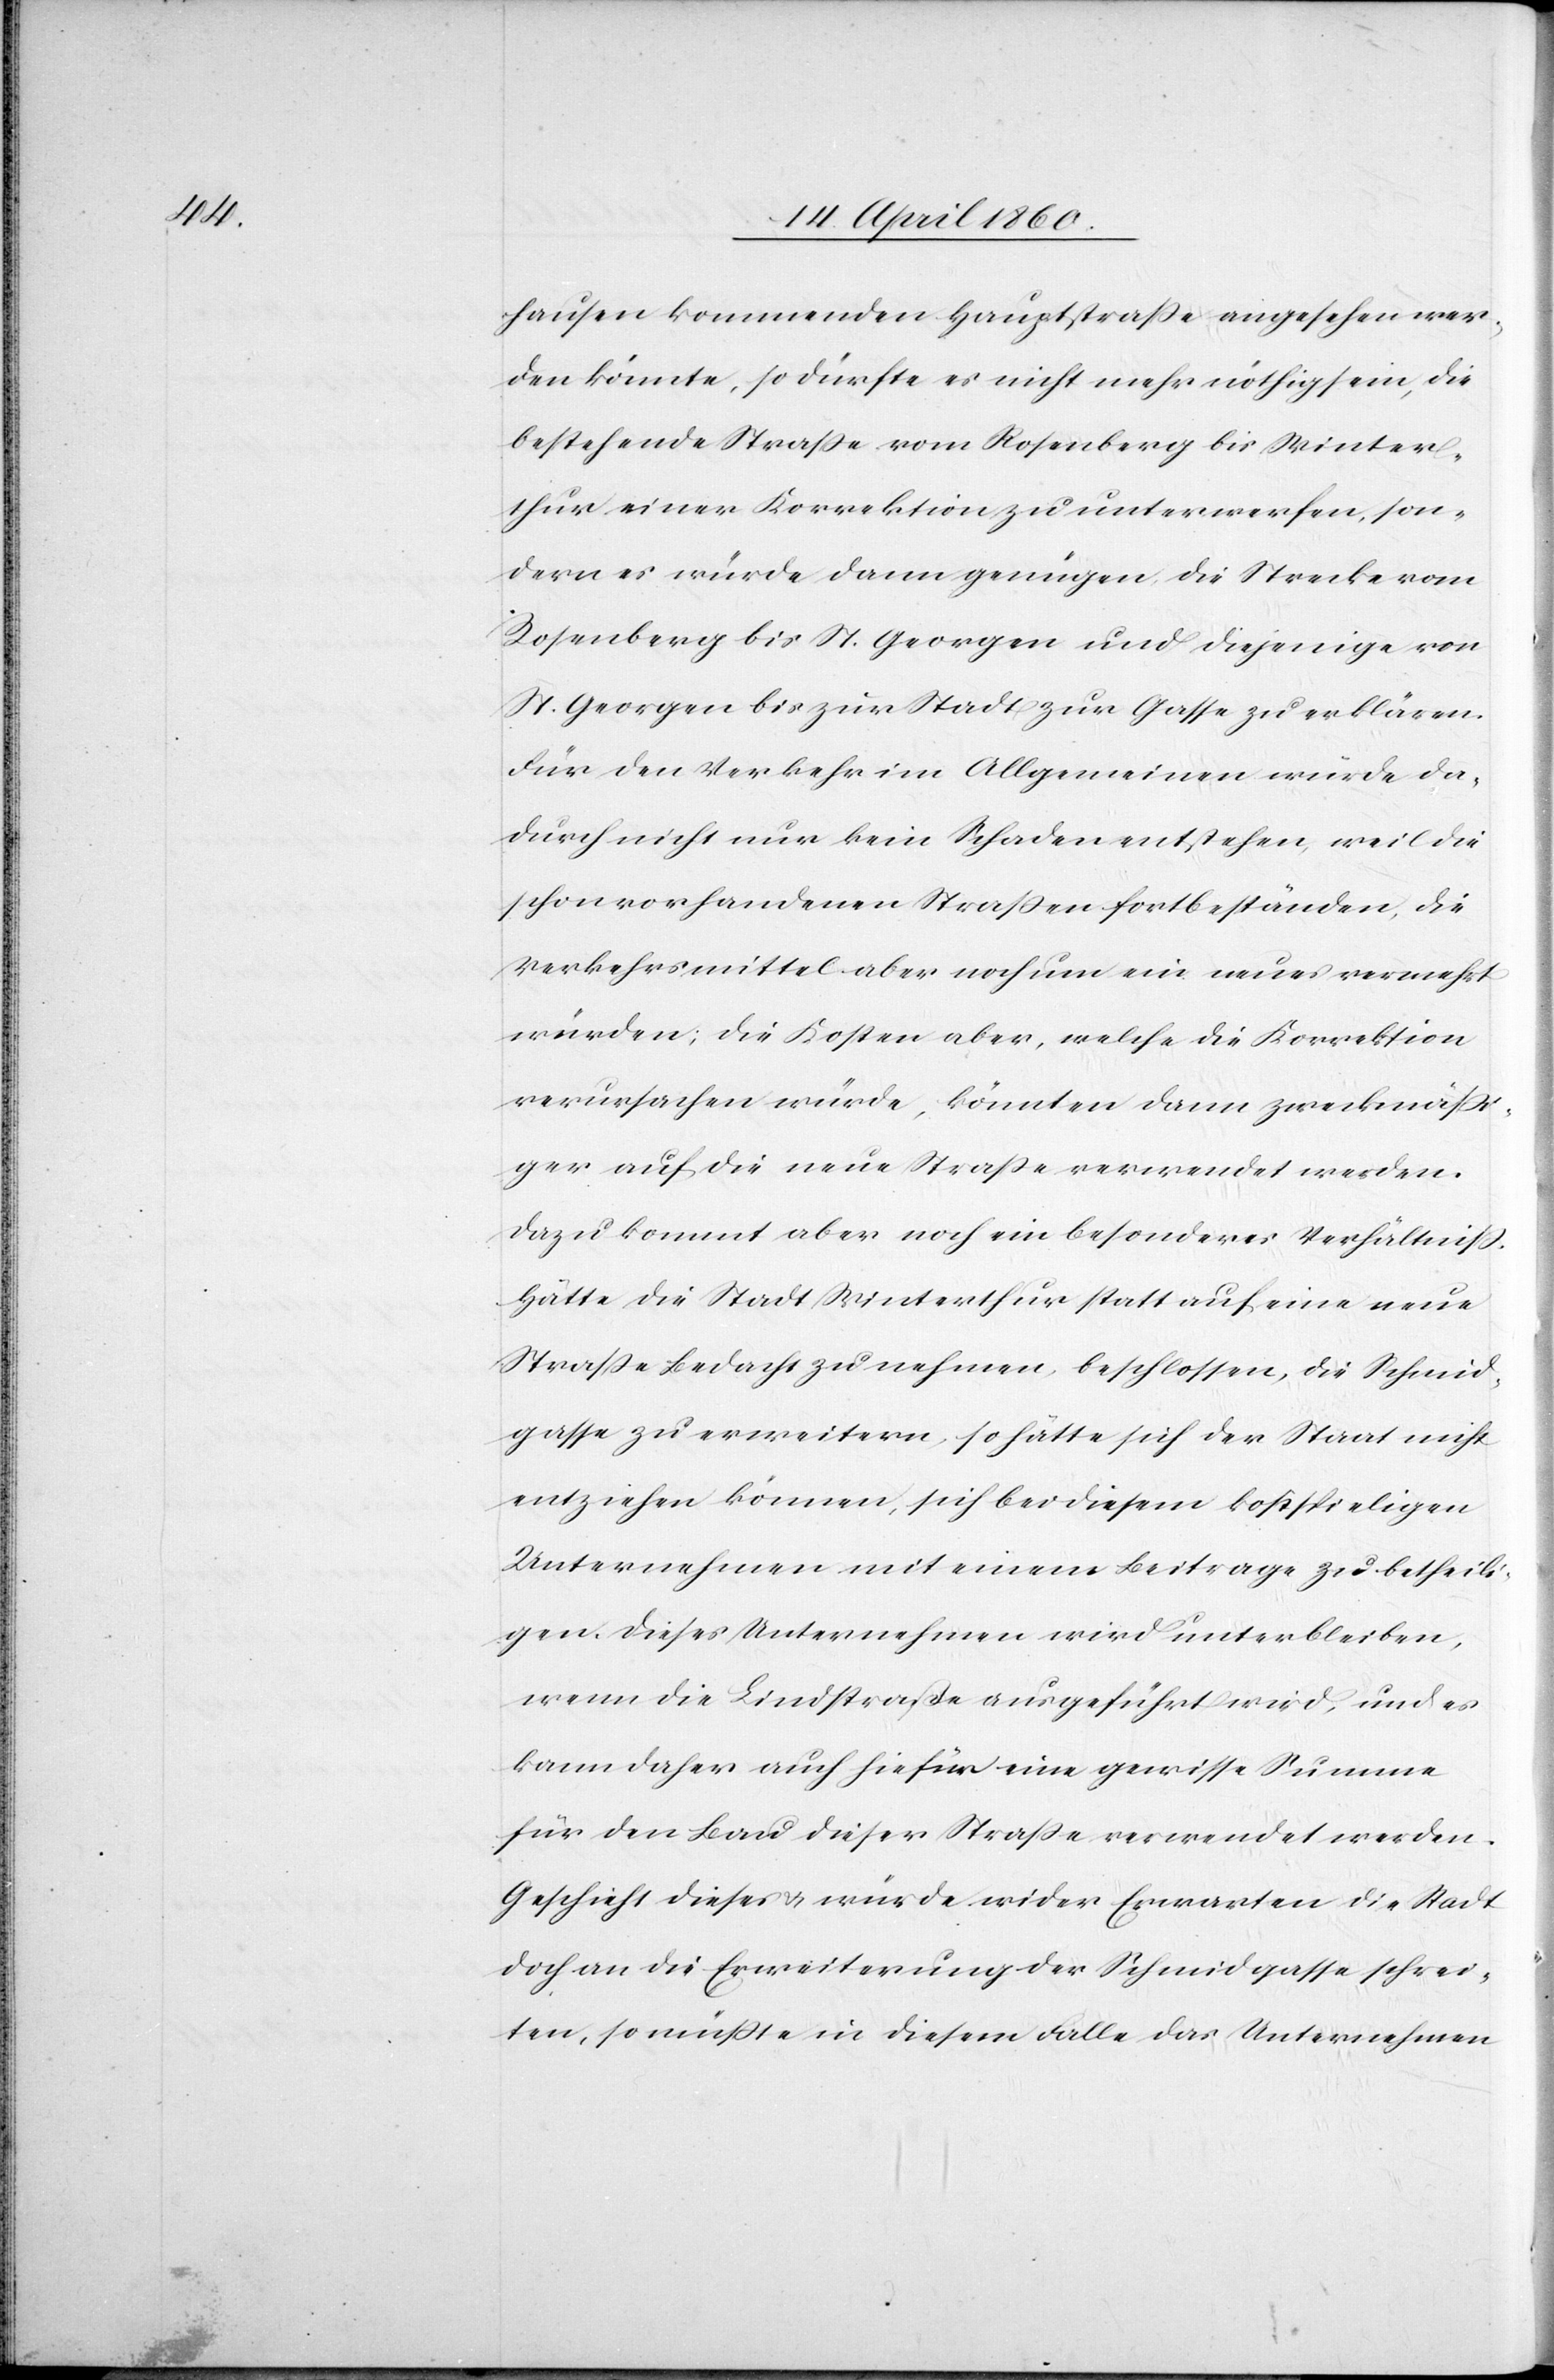
hausen kommenden Hauptstrasse angesehen wer¬
den könnte, so dürfte es nicht nöthig sein, die
bestehende Strasse von Rosenberg bis Winter¬
thur einer Korrektion zu unterwerfen, son¬
dern es würde dann genügen, die Strecke vom
Rosenberg bis St. Georgen und diejenige von
St. Georgen bis zur Stadt zur Gasse zu erklären.
Für den Verkehr im Allgemeinen würde da¬
durch nicht nur kein Schaden entstehen, weil die
schon vorhandenen Strassen fortbeständen, die
Verkehrsmittel aber noch um ein neues vermehrt
würden; die Kosten aber, welche die Korrektion
verursachen würde, könnten dann zweckmässi¬
ger auf die neue Strasse verwendet werden.
Dazu kommt aber noch ein besonderes Verhältniss,
hätte die Stadt Winterthur statt auf eine neue
Strasse Bedacht zu nehmen, beschlossen, die Schmid¬
gasse zu erweitern, so hätte sich der Staat nicht
entziehen können, sich bei diesem kostspieligen
Unternehmen mit einem Beitrage zu betheili¬
gen. Dieses Unternehmen wird unterbleiben,
wenn die Lindstrasse ausgeführt wird, und es
kann daher auch hiefür eine gewisse Summe
für den Bau dieser Strasse verwendet werden.
Geschieht dieses u. würde wider Erwarten die Stadt
doch an die Erweiterung der Schmidgasse schrei¬
ten, so müsste in diesem Falle das Unternehmen